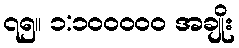
၇၅။ ၁:၁၀၀၀၀၀ အချိုး